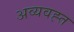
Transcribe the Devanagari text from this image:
अव्यवह्त